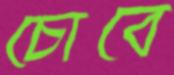
চোবে